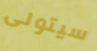
سيتولى